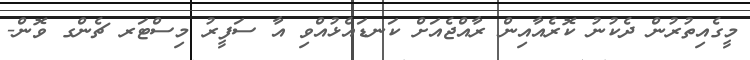
މީގެއިތުރުން ދެކުނު ކޮރެއާއިން ރާއްޖެއަށް ކަނޑައެޅުއްވި އާ ސަފީރު މިސްޓަރ ޗެންގ ވޮން-